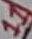
Text: 11